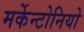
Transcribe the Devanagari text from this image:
मर्केन्टोनियो